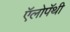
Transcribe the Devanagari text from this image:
ऍलोपॅथी